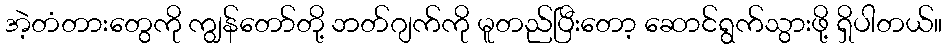
အဲ့တံတားတွေကို ကျွန်တော်တို့ ဘတ်ဂျက်ကို မူတည်ပြီးတော့ ဆောင်ရွက်သွားဖို့ ရှိပါတယ်။